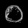
Digit: ၀